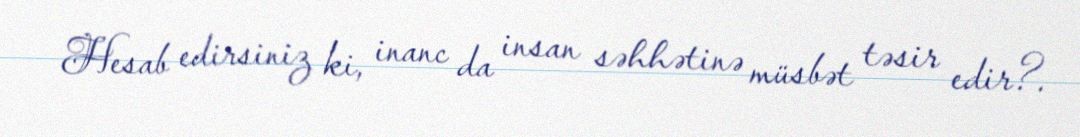
Hesab edirsiniz ki, inanc da insan səhhətinə müsbət təsir edir?.